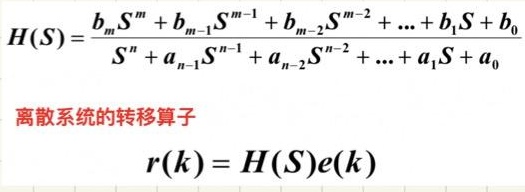
\[
H(S)=\frac{b_m S^m + b_{m - 1} S^{m - 1} + b_{m - 2} S^{m - 2} + \cdots + b_1 S + b_0}{S^n + a_{n - 1} S^{n - 1} + a_{n - 2} S^{n - 2} + \cdots + a_1 S + a_0}
\]
离散系统的转移算子
\[
r(k)=H(S)e(k)
\]